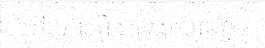
ហើយ។ រឿងការងារមានអ្នក